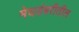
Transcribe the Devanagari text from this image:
मेघडंबरीतील